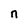
Character: n